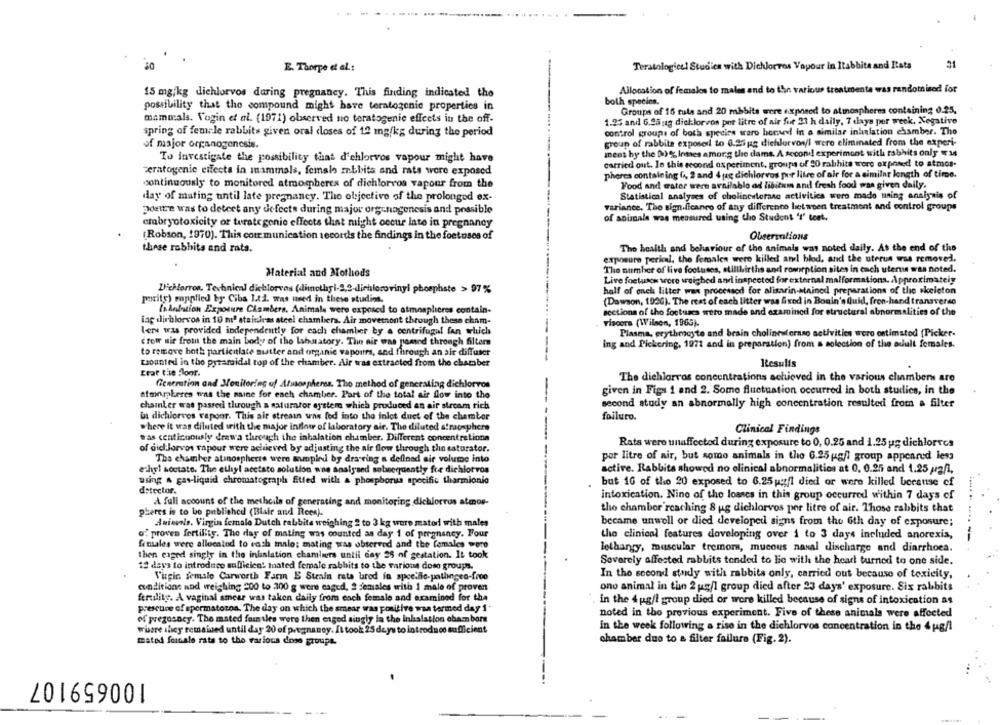
21
E. Thorpe et al .:
Teratologicel Studies with Dichlorvos Vapour In Itabbita and Ista
15 mg/kg dichlorvos during pregnancy. This finding indicated the
Allocation of females to males and to the various treatmenta was randomised for
both species.
possibility that the compound might have teratogenic properties in
Groups of 16 tula and 20 mbbits were exposed to atmospheres containing 0.25,
mammals. Vogin et al. (1071) observed no teratogenic effects in the off-
1.25 and 6.25 ag dichlorvon per litre of air fut 21 h daily, 7 days per week. Negative
control groups of both species waro horsevl in a similar inhalation chamber. The
spring of female rabbits given oral doses of 12 mg/kg during the period
of major organogenesis.
group of rabbits exposed to 0.25 gg dichlorvon/l were eliminated from the experi-
mens by the 00% lesses among the dams. A second experiment with rabbits only
To investigate the possibility that d'chlorvos vapour might have
carried out. In this eccond experiment, groups of 90 rabhite wore exposed to atmos-
zeratogenie effects in mammals, female mnbbits and rats wore exposed
pheres containing f4, 2 and 4 pag dichlorvos por litre of air for a similar length of time.
continuously to monitored atmospheres of dichlorvos vapour from the
Food and water were available ad libitum and fresh food was given daily.
Statistical analyses of cholinesterase activitica were made uning anniynis of
day of mating until late pregnancy. The objective of the prolonged ex-
Doettre was to detect any defects during major organogenesis and possible
variance. The significance of any difference between treatment and control groups
of aniznale was measured using the Student 's' teet.
embryotoxicity or turate gonie effects that might occur late in pregnancy
(Robson, 1970). This cour munication secords the findings in the foetuses of
Observations
these robhits and rats.
Tho health and behaviour of the animals was noted daily. At the end of the
exposure periodl, the females were killed and blod, and the uterus was removed.
The number of live footuses, stillbirths and romrption sites in cach uterus was noted.
Material and Mothods
Live foetusos were weighed and inspected forexternal malformations. Approximately
Dichlorros. Technical dichlorvas (dimethyi-2,2-dichlorovinyl phosphate > 97%
half of enels litter was processed for alisarin-stained preparations of the skeleton
purity) supplied by Ciba 1.12. was used in these studios.
(Dawson, 1996). The rest of each litter was fixed in Bouin's Quid, fron-hand transverso
Iskelation Exposure Chambers, Animals were exposed to atmospheres contain.
sections of the foctuacs sero made and examined for structural abnormalities of the
iag dirblorvos in 10 mª stainless steel chambera. Air movernont through these cham-
viscere (Wilson, 1965).
ler was provided independently for each chamber by a centrifugal fan which
Plasma, erythrocyte and brain cholinesferaso activities wero estimated [Picker-
crow wie from the main body of the Ishuratory. The nir was passed through filtern
ing and Pickering, 1971 and in preparation) from a soloction of the adult females.
to remove both particitlate mutter and organic vapours, and through an air diffuser
tounted in the pyramidal top of the chamber. Air was extracted from the chamber
Results
Erar the floor.
The dichlorros concentrations achieved in the various chambers are
Generation and Monitoring of Atmospheres. Tho method of generating dichlorvos
given in Figs 1 and 2. Some fluctuation occurred in both studies, in the
atmnpheres was the saine for each chamber. Part of the total air flow into the
chamber was passed through a saturator systeme which produced an air stream rich
second study an abnormally high concentration resulted from a filter
Da dichlorvos vaponr. This air streamn was fed into the inlot duet of the chamber
foiluto.
where it was diluted with the major inflow of laboratory air. The diluted straosphere
Clinical Findings
was continuously drawa through the inhalation chamber. Different concentrations
Rata were unaffected during exposure to 0, 0.25 and 1.25 us dichlorves
of did Jorvos vapour were achieved by adjusting the air flow through the saturator.
por litre of air, but some animals in the 6.25 g/l group appeared less
Tha chamber atinospherts were sampiel by dra-ring a defined air volume into
ethyl acetate. The ethyl acetato solution wne analysed sobrequently fre dichlotvos
active. Rabbits showed no olinical abnormalities at 0, 0.25 and 1.25 pa/1,
using & gas-liquid chromatograph Etted with a phosphorus specific tharmionio
but 16 of the 20 exposed to 6.25 ustfl died or were killed because of
detector.
A full account of the metheils of generating and monitoring dichlorros atmos-
intoxication. Nino of the losses in this group occurred within 7 days of
pheres is to be published (Blair and Rees).
the chamber reaching 8 ug dichlorvos per litre of air. Those rabbits that
Animals. Virgin female Dutch rabbits weighing 2 to 3 kg were matod with males
became unwell or died developed signs from the 6th day of exposure;
of proven fertility. The day of mating was counted as day 1 of pregnancy. Four
the clinical features doveloping over i to 3 days included anorexia,
females were allocated to each male; mating was observed and the females were
lethangy, muscular tremor, mucous nasal discharge and diarrhoea.
then caged singly in the inhalation chamiers until day 28 of gestation. It took
12 days to introduce sufficient toated female rabbits to the various domo groups.
Severely affected rabbits tended to lie with the head turned to one side.
Virgin female Carworth Farm E Strain rata bred in specific-patlingen-froo
In the second study with rabbits only, carried out because of toxicity,
conditions and weighing 200 to 300 g were caged, 2 denisles witha 1 male of proven
ono animal in the 2 g/l group died after 23 days' exposure. Six rabbits
fertility. A vaginal smear was taken daily from each female and examined for the
in the 4 pg/l group died or were killed because of signs of intoxication as
prescuice of spermatozoa. The day on which the smear was positive waa termed day 1.
noted in the previous experiment. Five of these animals were affected
of prezosacy. The mated forn ses were then enged singly la the Inhalation chanbors
where they remained until day 20 of pregnancy. It took 25 deys to introduce sufficient
in the week following a rise in the dichlorvos concentration in the 4 ug/l
mated foinale rate to the various dose groups.
chamber due to a filter failure (Fig. 2).
100659107